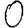
Digit: 0